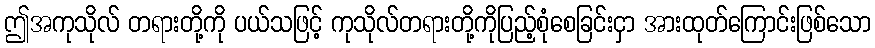
ဤအကုသိုလ် တရားတို့ကို ပယ်သဖြင့် ကုသိုလ်တရားတို့ကိုပြည့်စုံစေခြင်းငှာ အားထုတ်ကြောင်းဖြစ်သော